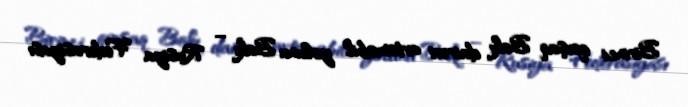
Birinci qovşaq Bakı dairəvi avtomobil yolunu Bakı – Rusiya Federasiyası